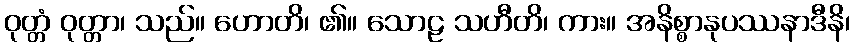
ဝုတ္တံ ဝုတ္တာ၊ သည်။ ဟောတိ၊ ၏။ သောဠ သဟီတိ၊ ကား။ အနိစ္စာနုပဿနာဒီနိ၊